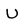
Character: U